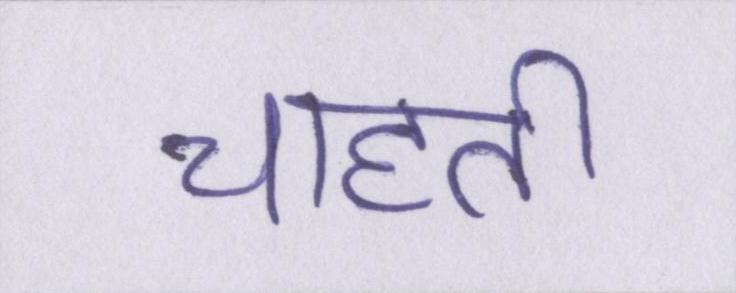
चाहती